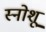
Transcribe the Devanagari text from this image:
स्नोशू